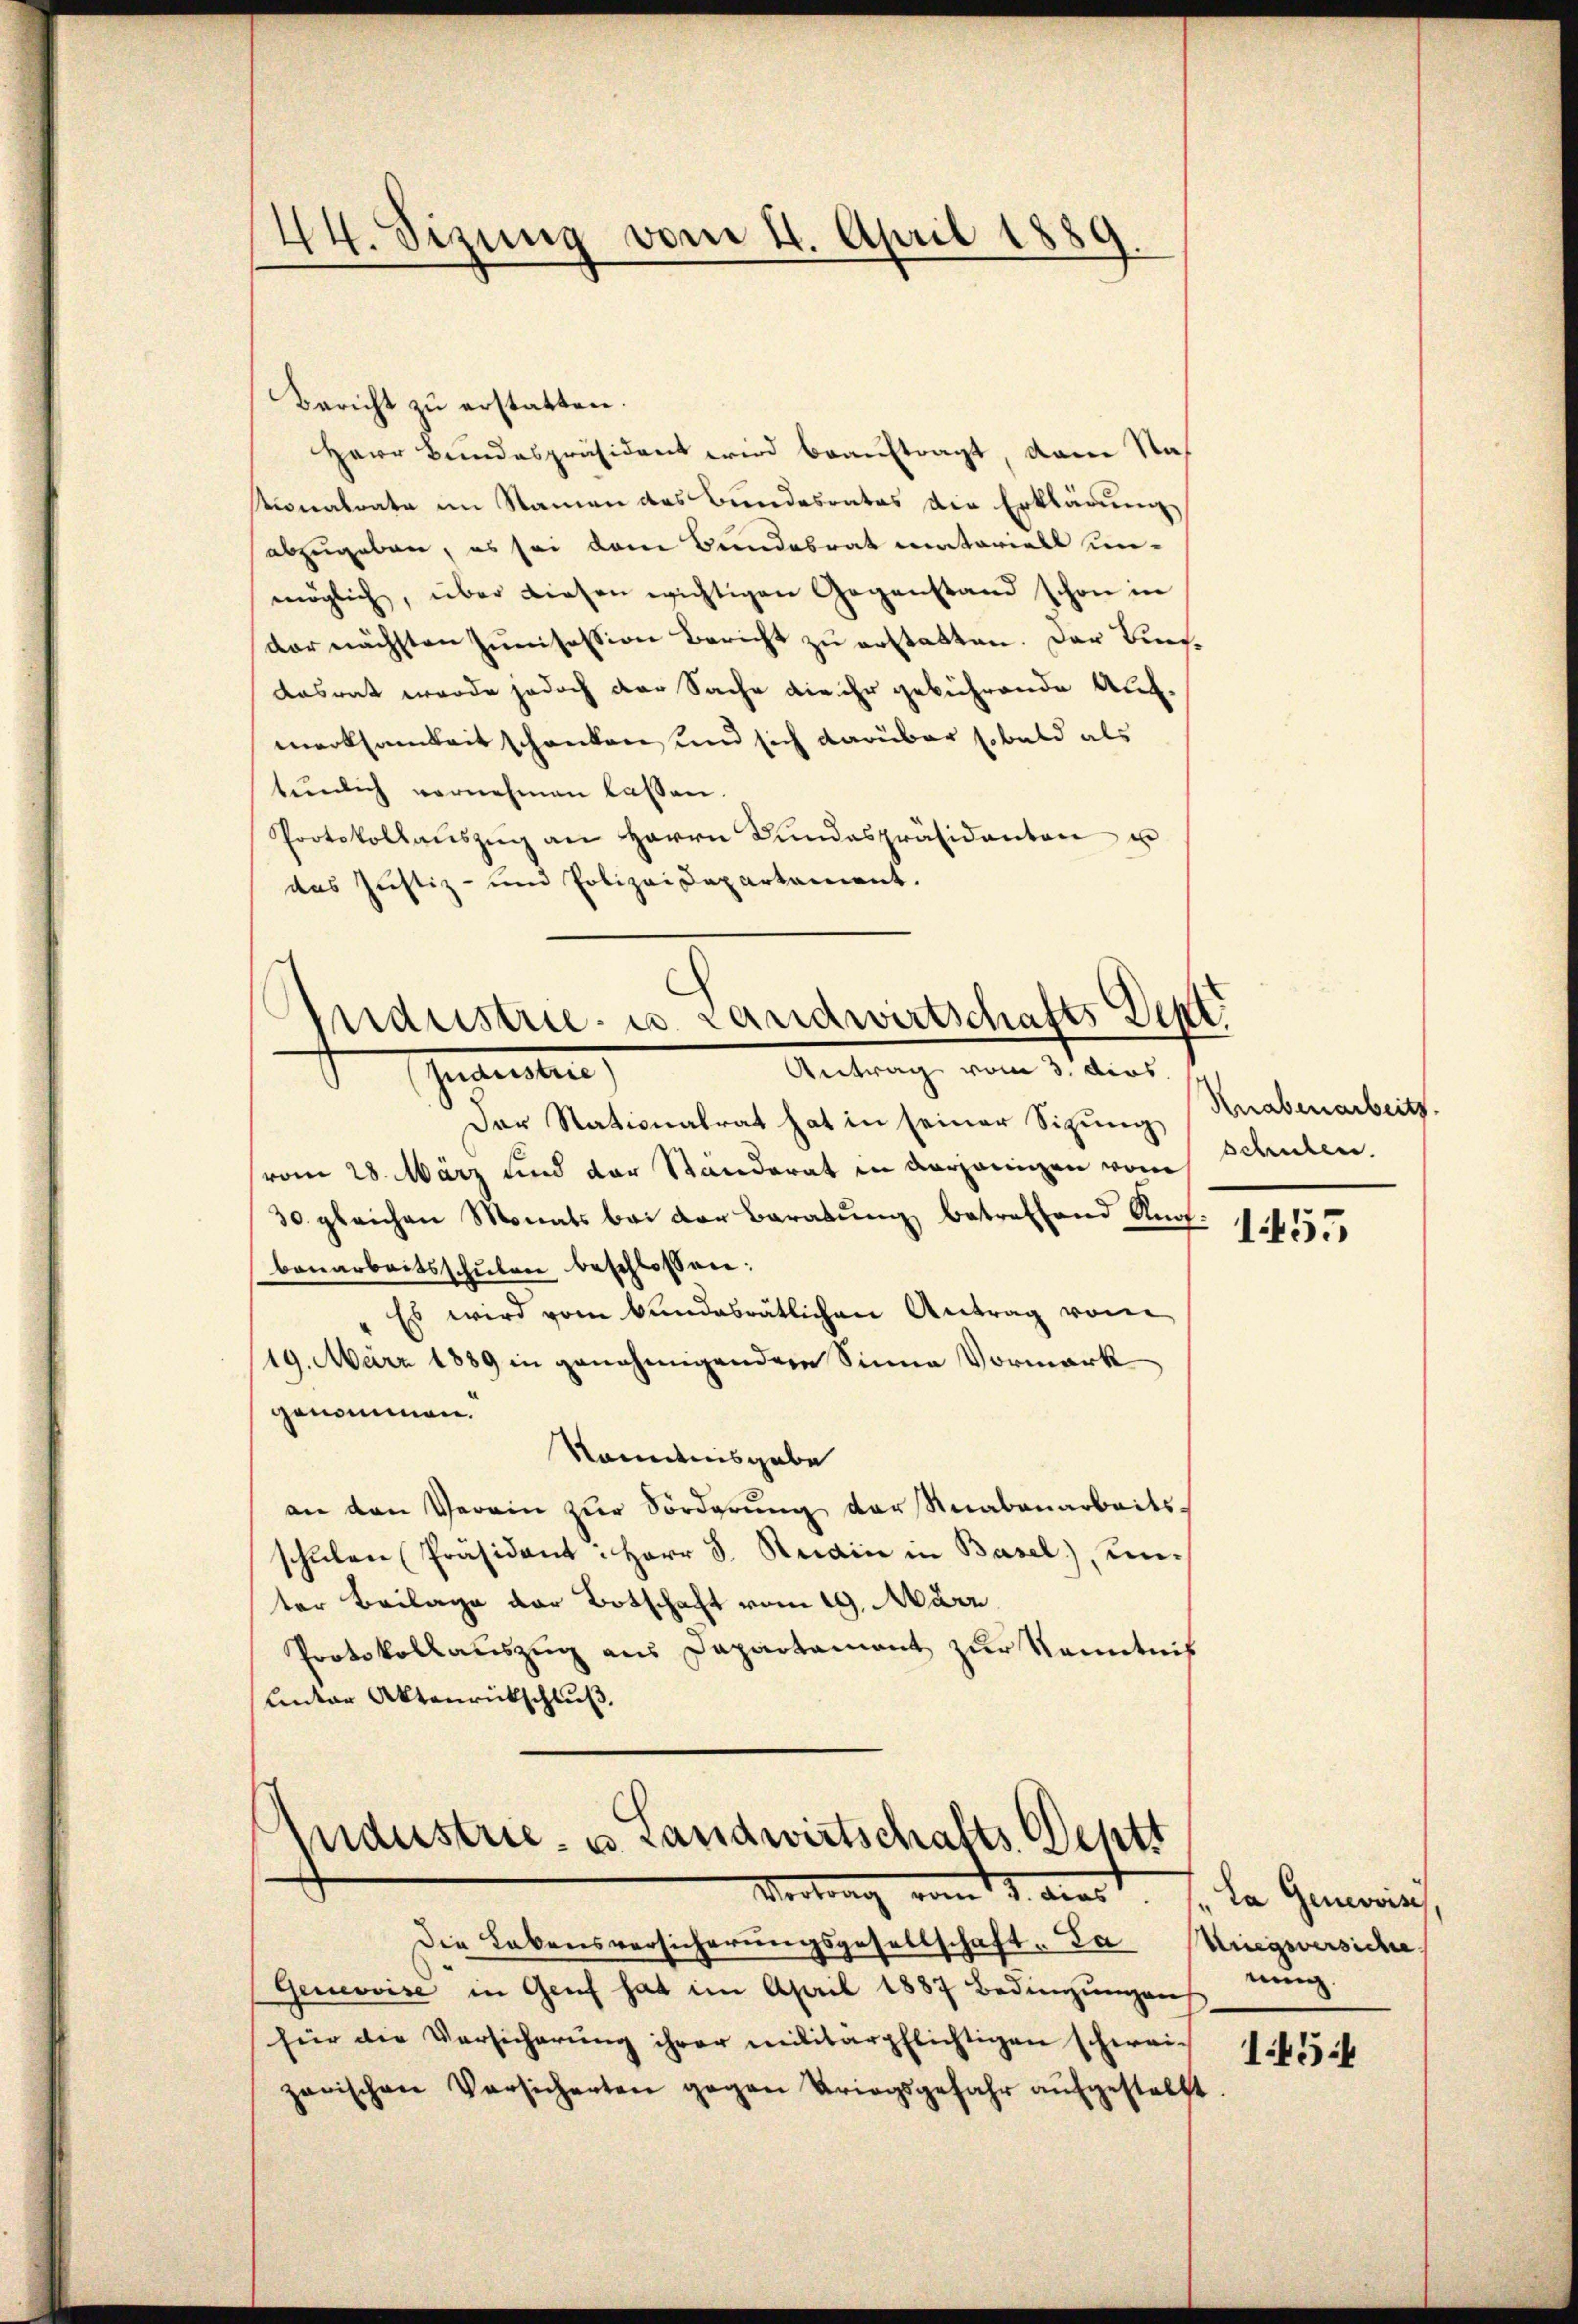
44. Sizung vom 4. April 1889.

Bericht zŭ erstatten.
Herr Bundespräsident wird beauftragt, dann Nah
tionalrate im Namen des Bundesrates die Erklärung,
abzugeben, es sei dem Bundesrat materiell unmöglich, über diesen wichtigen Gegenstand schon in
dor nächsten Junisession Bericht zu erstatten. Der Bundasrat werde jedoch der Sache die ihr gebührende Aufmerksamkeit schanken und sich darüber sobald als
tenlich vernehmen lassen.
Protokollauszug am Herrn Bundespräsidanten u
das Justiz- und Polizeidepartament.

Industrie u. Landwirtschafts Dept.
Antrag vom 3. dies
Gesandten,

industrie- u. Landwirtschafts-Deptt
Vertrag vom 12. aus de Gemein

Die Lebensversicherungsgesellschaft. Da
Gerovise in Genf hat im April 1887 Bedingŭngen eing
für die Versicherung ihrer militärpflichtigen schweizerischen Versicherten gegen Kriegsgefahr aufgestellt

Der Stationalrat hat in seiner Sitzung,
vom 28. März und der Standerat in derjenigen vom
30. gleichen Monats bei der Baratŭng betreffend Knot.
benarbeitsschulen beschlossen:
Es wird vom Bundesrätlichen Antrag von
19. März 1889 in genehmigenden Sinne Vormark
genommen.
kanntnisgabe
an den Verein zur Sorderung der Knabenarbeitsschŭlen Präsident: Herr J. Redin in Basel), un-
ter Beilage der Botschaft vom 19. März
Protokollauszug aus Dapartament zur Kenntnis
Unter Aktenrickschluß.

Knabenarbeits.
schulen.

1455

Unegeversiche
145: